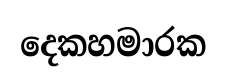
දෙකහමාරක